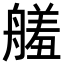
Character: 𦪋